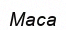
Маса